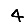
Digit: 4